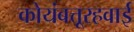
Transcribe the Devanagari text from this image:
कोयंबत्तूरहवाई